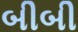
બીબી